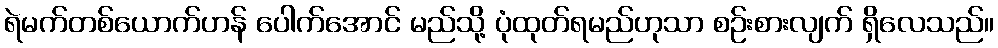
ရဲမက်တစ်ယောက်ဟန် ပေါက်အောင် မည်သို့ ပုံထုတ်ရမည်ဟုသာ စဉ်းစားလျက် ရှိလေသည်။